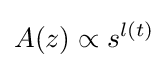
A(z)\propto s^{l(t)}